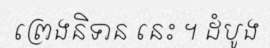
ព្រេងនិទាន នេះ ។ ដំបូង